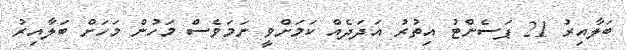
ބަލާއިރު 21 ޕަސެންޓު އިތުރު އަދަދެއް ކަމަށްވީ ނަމަވެސް މަހުން މަހަށް ބަލާއިރު